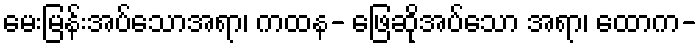
မေးမြန်းအပ်သောအရာ၊ ကထန- ဖြေဆိုအပ်သော အရာ၊ ထောက-